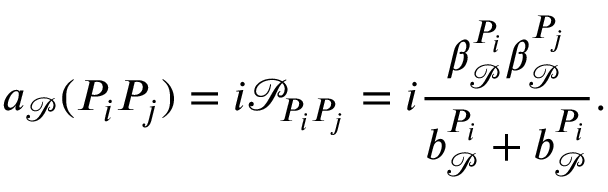
a _ { \mathcal { P } } ( P _ { i } P _ { j } ) = i \mathcal { P } _ { P _ { i } P _ { j } } = i \frac { \beta _ { \mathcal { P } } ^ { P _ { i } } \beta _ { \mathcal { P } } ^ { P _ { j } } } { b _ { \mathcal { P } } ^ { P _ { i } } + b _ { \mathcal { P } } ^ { P _ { i } } } .